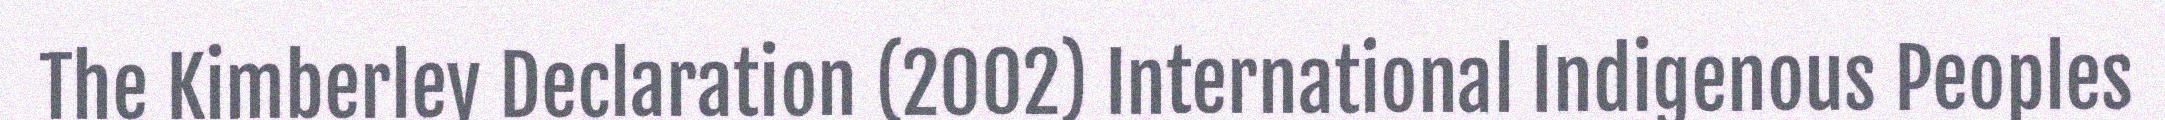
The Kimberley Declaration (2002) International Indigenous Peoples